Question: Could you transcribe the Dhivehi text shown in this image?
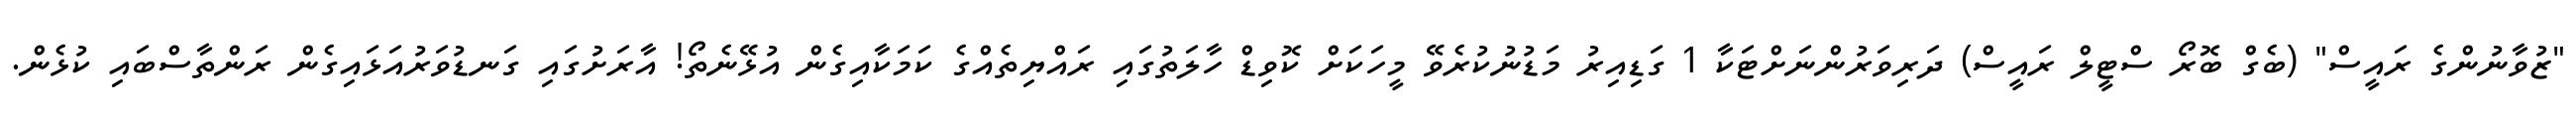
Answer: "ޒުވާނުންގެ ރައީސް" (ބެގް ބޮރޯ ސްޓީލް ރައީސް) ދަރިވަރުންނަށްޓަކާ 1 ގަޑިއިރު މަޑުނުކުރެވޭ މީހަކަށް ކޮވިޑް ހާލަތުގައި ރައްޔިތެއްގެ ކަމަކާއިގެން އުޅޭނެތޯ! އާރަށުގައި ގަނޑުވަރުއަޅައިގެން ރަންތާސްބައި ކުޅެން.